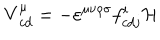
{ \bf V } _ { c d } ^ { \mu } = - \varepsilon ^ { \mu \nu \rho \sigma } f _ { c d j } ^ { i } { \cal H }